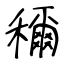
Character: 穪